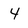
Character: 4